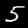
Label: 5